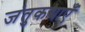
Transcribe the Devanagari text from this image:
जंतुकथाएँ